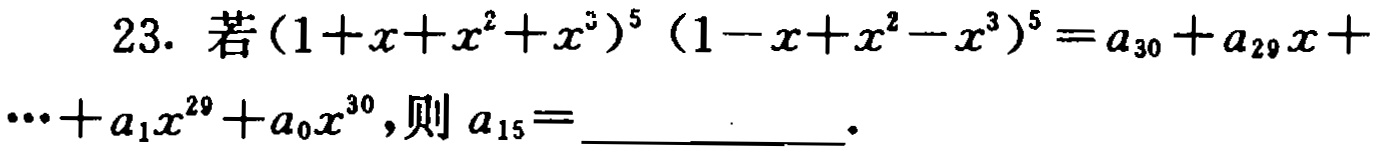
23. 若\((1 + x + x^{2}+x^{3})^{5}(1 - x + x^{2}-x^{3})^{5}=a_{30}+a_{29}x+\cdots +a_{1}x^{29}+a_{0}x^{30}\)，则\(a_{15}=\)__________.